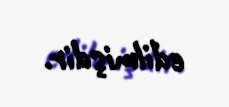
edilmişdir.